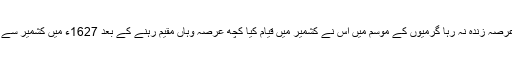
مہابت خان کی قید سے رہائی پانے کے بعد جہانگیر زیادہ عرصہ زندہ نہ رہا گرمیوں کے موسم میں اس نے کشمیر میں قیام کیا کچھ عرصہ وہاں مقیم رہنے کے بعد 1627ء میں کشمیر سے واپس آتے وقت راستے ہی میں بھمبر کے مقام پر انتقال کیا۔